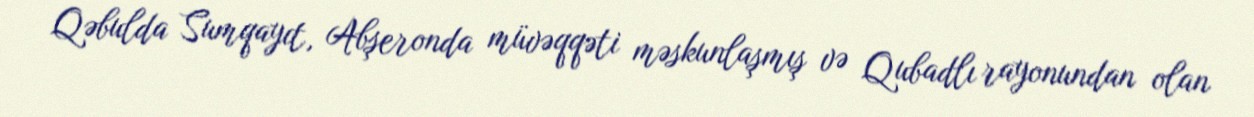
Qəbulda Sumqayıt, Abşeronda müvəqqəti məskunlaşmış və Qubadlı rayonundan olan